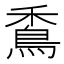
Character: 穒